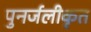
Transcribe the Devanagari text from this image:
पुनर्जलीकृत